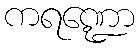
ကရဏ္ဍော